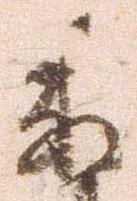
委